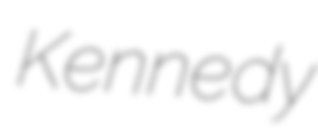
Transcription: Kennedy